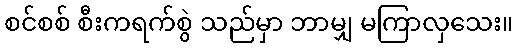
စင်စစ် စီးကရက်စွဲ သည်မှာ ဘာမျှ မကြာလှသေး။